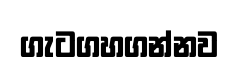
ගැටගහගන්නව